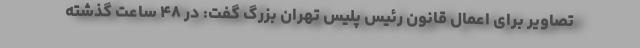
تصاویر برای اعمال قانون رئیس پلیس تهران بزرگ گفت: در ۴۸ ساعت گذشته